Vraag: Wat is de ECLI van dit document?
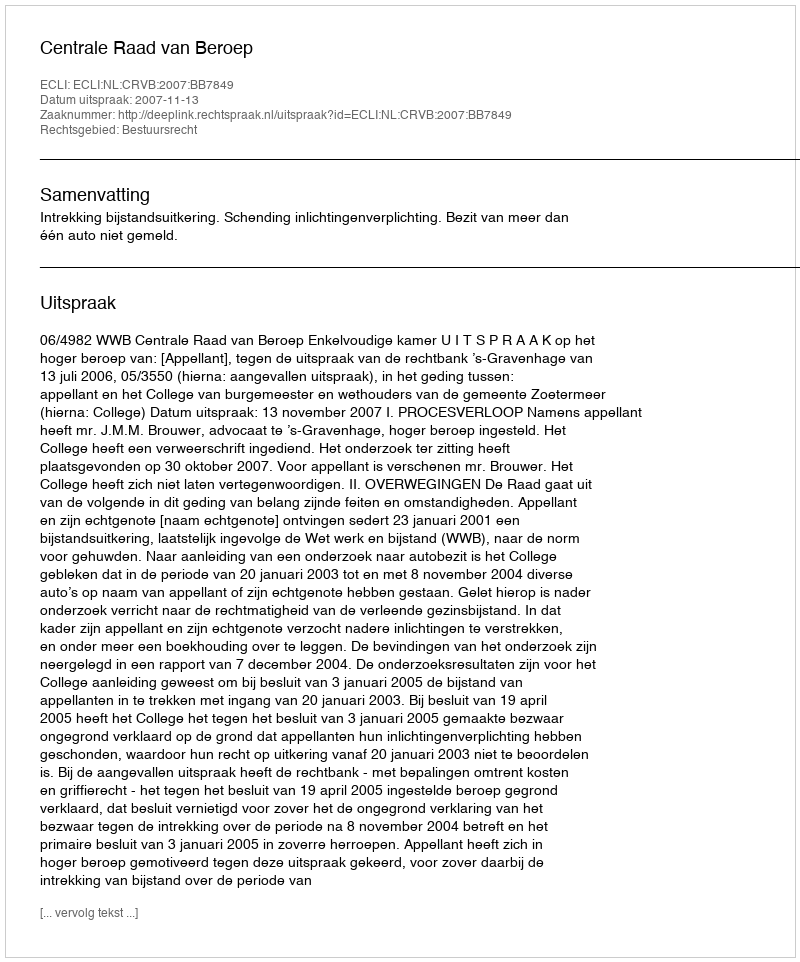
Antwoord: ECLI:NL:CRVB:2007:BB7849